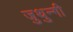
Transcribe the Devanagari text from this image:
जुथुन्गी